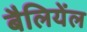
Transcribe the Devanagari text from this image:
बैलियेंल